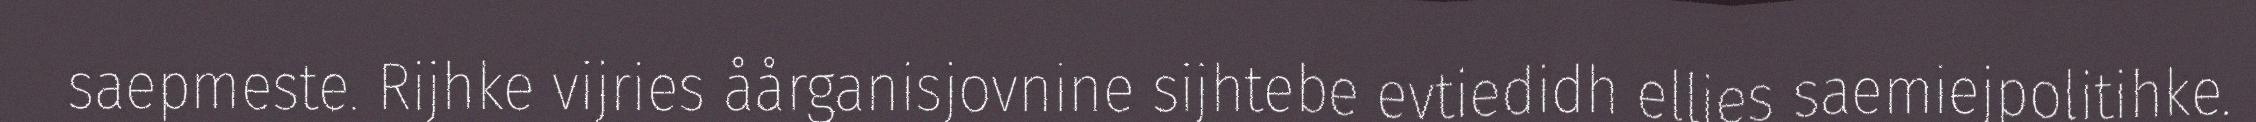
saepmeste. Rijhke vijries åårganisjovnine sijhtebe evtiedidh ellies saemiejpolitihke.